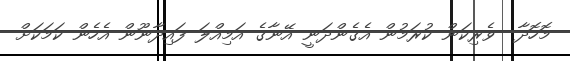
މޮހޮދާ  ވެރިކަން ކުރަމުން އެގެންދަނީ އޭނާގެ އަމިއްލަ ފައިދާނޫން އެހެން ކަމަކަށް